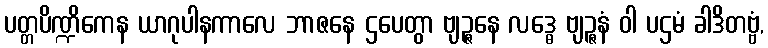
ပတ္တပိဏ္ဍိကေန ယာဂုပါနကာလေ ဘာဇနေ ဌပေတွာ ဗျဉ္ဇနေ လဒ္ဓေ ဗျဉ္ဇနံ ဝါ ပဌမံ ခါဒိတဗ္ဗံ,